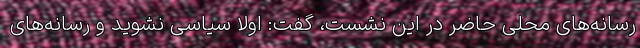
رسانه‌های محلی حاضر در این نشست، گفت: اولا سیاسی نشوید و رسانه‌های